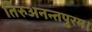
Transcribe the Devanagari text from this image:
तिरुअनन्तपुरम।